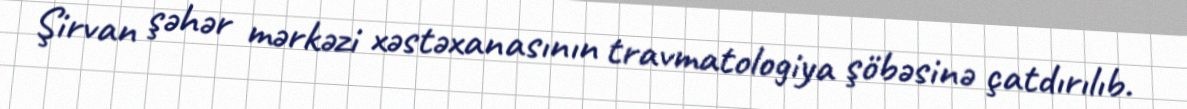
Şirvan şəhər mərkəzi xəstəxanasının travmatologiya şöbəsinə çatdırılıb.